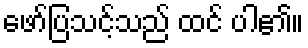
ဖော်ပြသင့်သည် ထင် ပါ၏။